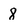
Character: 8